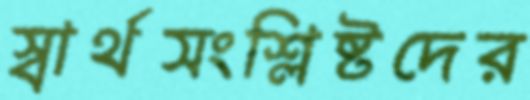
স্বার্থসংশ্লিষ্টদের